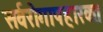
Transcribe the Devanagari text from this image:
सर्वरोगापहारकः।